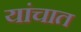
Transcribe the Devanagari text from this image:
यांचात